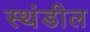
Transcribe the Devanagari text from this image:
स्थंडील